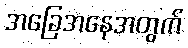
အခြေအနေအတွက်